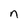
Character: n